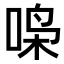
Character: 𫪧